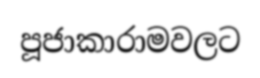
පූජාකාරාමවලට